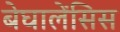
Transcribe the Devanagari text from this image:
बेघालेंसिस